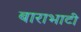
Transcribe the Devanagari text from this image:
बाराभाटी